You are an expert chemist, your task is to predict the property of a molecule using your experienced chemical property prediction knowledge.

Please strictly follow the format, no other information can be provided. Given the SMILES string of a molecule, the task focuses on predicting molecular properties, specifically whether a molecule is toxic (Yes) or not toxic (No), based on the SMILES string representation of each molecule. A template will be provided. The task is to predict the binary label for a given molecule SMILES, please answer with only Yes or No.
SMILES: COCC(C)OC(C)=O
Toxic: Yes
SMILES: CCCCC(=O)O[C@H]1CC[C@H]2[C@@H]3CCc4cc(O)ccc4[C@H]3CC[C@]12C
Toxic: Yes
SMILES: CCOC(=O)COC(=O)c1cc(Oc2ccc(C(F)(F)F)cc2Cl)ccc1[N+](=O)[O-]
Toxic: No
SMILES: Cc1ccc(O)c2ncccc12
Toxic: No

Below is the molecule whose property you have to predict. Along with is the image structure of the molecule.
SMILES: Cc1ccc2cccnc2c1
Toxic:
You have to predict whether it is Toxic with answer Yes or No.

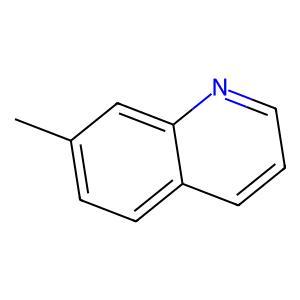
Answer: No